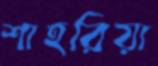
শাহরিয়া